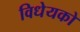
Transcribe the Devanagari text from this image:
विधेयको